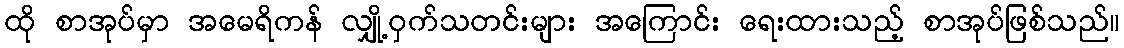
ထို စာအုပ်မှာ အမေရိကန် လျှို့ဝှက်သတင်းများ အကြောင်း ရေးထားသည့် စာအုပ်ဖြစ်သည်။